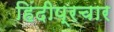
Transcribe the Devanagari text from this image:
हिंदीप्रचार